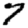
Digit: 7